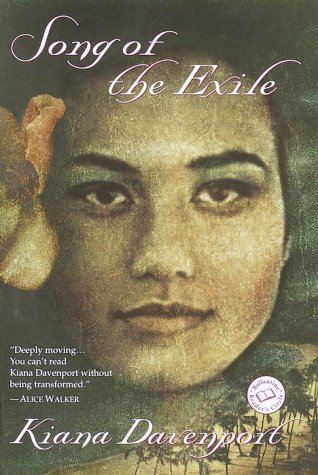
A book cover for Song of the Exile (Ballantine Reader's Circle); Kiana Davenport; Romance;